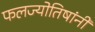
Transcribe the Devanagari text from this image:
फलज्योतिषांनी